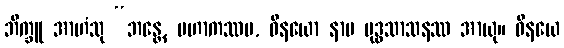
ဘိက္ခူ အာဟံသု “ဘန္တေ, မဟာကဿပ, ဝိနယော နာမ ဗုဒ္ဓသာသနဿ အာယု။ ဝိနယေ